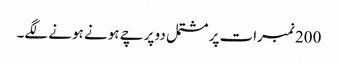
200 نمبرات پر مشتمل دو پرچے ہونے ہونے لگے۔